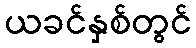
ယခင်နှစ်တွင်